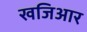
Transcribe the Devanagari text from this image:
खजिआर